Standards of the constituents of the urine and blood and the bearing of the metabolism of Bengalis on the problems of nutrition - Number 34
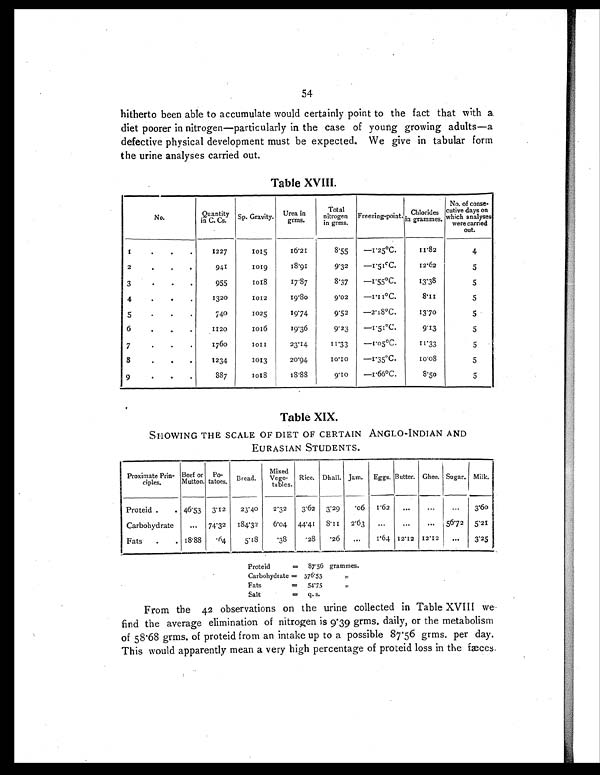
54
hitherto been able to accumulate would certainly point to the fact that with a
diet poorer in nitrogen—particularly in the case of young growing adults—a
defective physical development must be expected. We give in tabular form
the urine analyses carried out.
Table XVIII.
No.
Quantity
in C. Cs.
Sp. Grayity
Urea in
grms.
Total
nitrogen in
grms.
Freezing-point. Chlorides
in grammes.
No. of conse-
cutive days on
which analyses
were carried
out.
1
.
.
.
1227
1015
16.21
8.55
—1.25ºC.
11.82
4
2
.
.
.
941
1019
18.91
9.32
—1.51ºC.
12.62
5
3
.
.
.
955
1018
17.87
8.37
—1 . 55ºC.
13.38
5
4
.
.
.
1320
1012
1 9 . 8 0
9.02
—1.11ºC.
8.11
5
5
.
.
.
740
1025
19.74
9.52
—2.18ºC.
13.70
5
6
.
.
.
1120
1016
19.36
9.23
—1.51ºC.
9.13
5
7
.
.
.
1760
1 0 1 1
23.14
11.33
—1.05ºC.
11.33
5
8
.
.
.
1234
1013
20.94
10.10
—1.35ºC.
10.08
5
9
.
.
.
887
1 0 1 8
18.88
9. 10
—1.66ºC.
8.50
5
Table XIX.
SHOWING THE SCALE OF DIET OF CERTAIN ANGLO-INDIAN AND
EURASIAN STUDENTS.
Proximate Prin-
ciples.
Beef or
Mutton.
Po-
tatoes. Bread.
Mixed
Vege-
tables.
Rice. Dhall. Jam.
Eggs. Butter. Ghee. Sugar. Milk.
Proteid .
. 46.53 3.12
23.40
2.32
3.62
3.29
.06
1.62
...
...
...
3.60
Carbohydrate
...
74. 32
184.32
6.04
44.4 I
8 . 1 1
2.63
...
...
...
56.72 5.21
Fats
.
. 18.88
.64
5.18
.38
.28
.26
...
1.64 12.12 12.12
...
3.25
Proteid
=
87.56 grammes.
Carbohydrate = 376.53
„
Fats
=
54.75
„
Salt
=
q. s.
From the 42 observations on the urine collected in Table XVIII we
find the average elimination of nitrogen is 9 . 39 grms. daily, or the metabolism
of 58.68 grms. of proteid from an intake up to a possible 87.56 grms. per day.
This would apparently mean a very high percentage of proteid loss in the fæces.